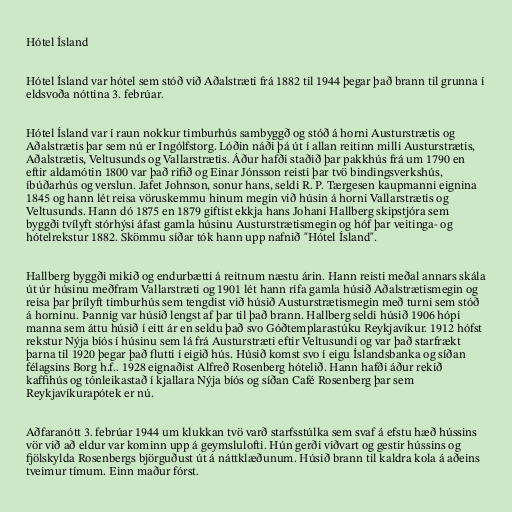
Hótel Ísland

Hótel Ísland var hótel sem stóð við Aðalstræti frá 1882 til 1944 þegar það brann til grunna í
eldsvoða nóttina 3. febrúar.

Hótel Ísland var í raun nokkur timburhús sambyggð og stóð á horni Austurstrætis og
Aðalstrætis þar sem nú er Ingólfstorg. Lóðin náði þá út í allan reitinn milli Austurstrætis,
Aðalstrætis, Veltusunds og Vallarstrætis. Áður hafði staðið þar pakkhús frá um 1790 en
eftir aldamótin 1800 var það rifið og Einar Jónsson reisti þar tvö bindingsverkshús,
íbúðarhús og verslun. Jafet Johnson, sonur hans, seldi R. P. Tærgesen kaupmanni eignina
1845 og hann lét reisa vöruskemmu hinum megin við húsin á horni Vallarstrætis og
Veltusunds. Hann dó 1875 en 1879 giftist ekkja hans Johani Hallberg skipstjóra sem
byggði tvílyft stórhýsi áfast gamla húsinu Austurstrætismegin og hóf þar veitinga- og
hótelrekstur 1882. Skömmu síðar tók hann upp nafnið "Hótel Ísland".

Hallberg byggði mikið og endurbætti á reitnum næstu árin. Hann reisti meðal annars skála
út úr húsinu meðfram Vallarstræti og 1901 lét hann rífa gamla húsið Aðalstrætismegin og
reisa þar þrílyft timburhús sem tengdist við húsið Austurstrætismegin með turni sem stóð
á horninu. Þannig var húsið lengst af þar til það brann. Hallberg seldi húsið 1906 hópi
manna sem áttu húsið í eitt ár en seldu það svo Góðtemplarastúku Reykjavíkur. 1912 hófst
rekstur Nýja bíós í húsinu sem lá frá Austurstræti eftir Veltusundi og var það starfrækt
þarna til 1920 þegar það flutti í eigið hús. Húsið komst svo í eigu Íslandsbanka og síðan
félagsins Borg h.f.. 1928 eignaðist Alfreð Rosenberg hótelið. Hann hafði áður rekið
kaffihús og tónleikastað í kjallara Nýja bíós og síðan Café Rosenberg þar sem
Reykjavíkurapótek er nú.

Aðfaranótt 3. febrúar 1944 um klukkan tvö varð starfsstúlka sem svaf á efstu hæð hússins
vör við að eldur var kominn upp á geymslulofti. Hún gerði viðvart og gestir hússins og
fjölskylda Rosenbergs björguðust út á náttklæðunum. Húsið brann til kaldra kola á aðeins
tveimur tímum. Einn maður fórst.